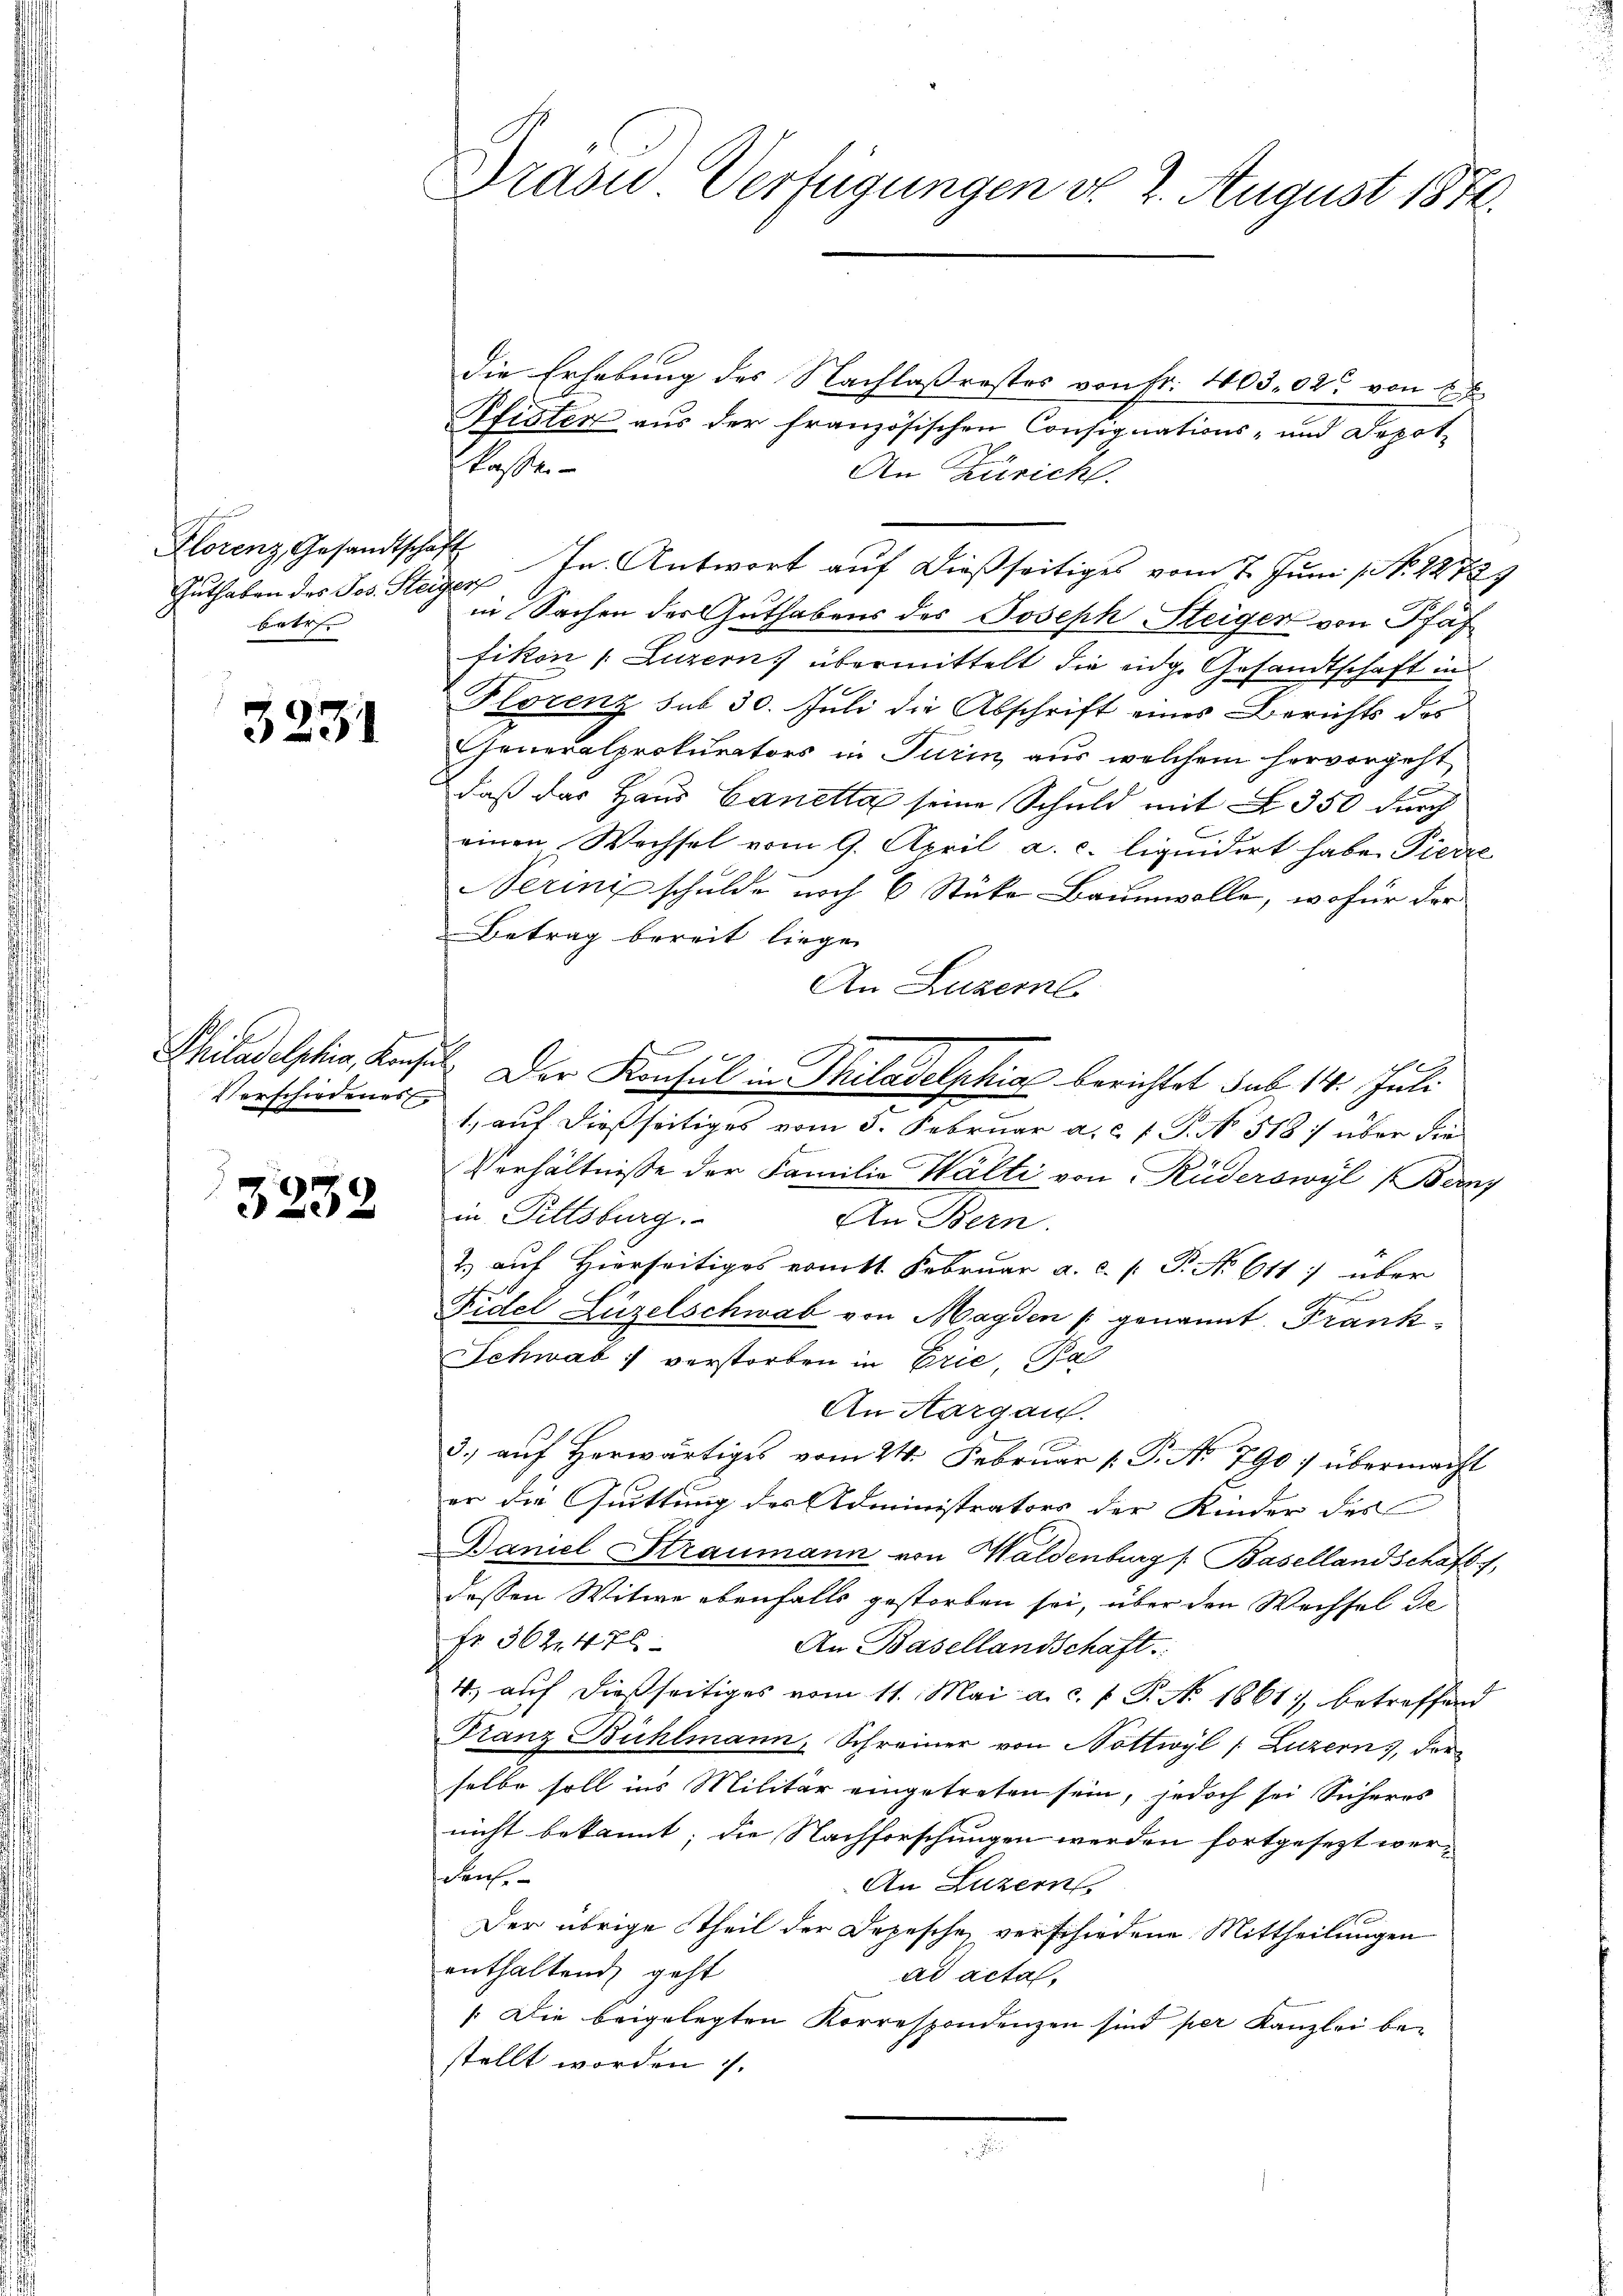
Florenz, Gesandtschaft
betr

3231

Verschiedenes

3232

Drasu Verfügungen d. 2. August 1870.

die Erhebung des Nachlaßrastes von Fr. 403. 02. von E
Pfisten aus der französischen Consignations- und Depot-
An Züricht.
Guthaben der Jos. Steiger, In Antwort auf dießseitiges vom 7. Juni / No. 1872
in Sachen des Guthabens des Joseph Steiger von Pfaf
fikon (Luzern, übermittelt die eidg. Gesandtschaft in
Plorenz sub 30. Juli die Abschrift eines Berichts des
Generalprokurators in Turin aus welchem hervorgeht
daß das Haus Canetta seine Schuld mit § 350 durch
t
einen Wechsel vom 9. April a. c. liquidirt habe Pierre
Nerini schulde noch 6 Stücke Baumwolle, wofür der
Betrag bereit liege.
An Luzernl
e
Philadelphia, Konsuls. Der Konsul in Philadelphiae berichtet sub 14. Juli
e
1., auf dießseitiges vom 3. Februar a. c. f. P. No. 518 über die
Verhältnisse der Familie Wälti von Rüderswyl (Bernz
in Pittsburg.
An Bern.
2) auf Hierseitiges ermitt. Februar a. c. [ P. No 611 über
Fidel Lüzelschwab von Magden genannt. Frank¬
Schwab, verstorben in Erie, Pal
An Aargau.
3.) auf herwärtiges vom 24. Februar 1. P. No 790 übermacht
er die Quitting des Administrators der Kinder des
Baniel Straumann von Waldenburg f Basellandschaft 1,
dessen Witwe ebenfalls gestorben sei, über den Wechsel de
Fr. 362. 476
An Basellandschaft:
4. auf dießseitiges vom 11. Mai a. c. p. T. N. 1861 betreffend
Franz Bühlmann, Schreiner von Nottwyl (Luzern, derselbe soll ins Militär eingetreten sein, jedoch sei Sicheres
nicht bekannt; die Nachforschungen werden fortgesezt werden.
An Luzern,
Der übrige Theil der Depesche verschiedene Mittheilungen
enthaltend geht
ad acta,
Die beigelegten Korrespondenzen sind per Kanzlei be-
stellt worden 7.
.

Kassen